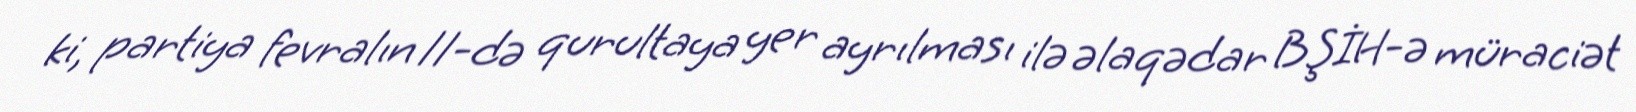
ki, partiya fevralın 11-də qurultaya yer ayrılması ilə əlaqədar BŞİH-ə müraciət